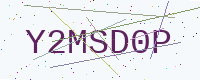
Text: Y2MSD0P